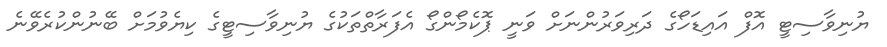
ޔުނިވާސިޓީ އޮފް އައިޑަހޯގެ ދަރިވަރުންނަށް ވަނީ ޕޮކެމޯންގޯ އެފަރާތްތަކުގެ ޔުނިވާސިޓީގެ ކިޔެވުމަށް ބޭނުންކުރެވޭނެ